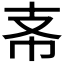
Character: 𢺶